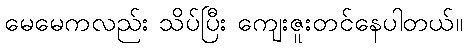
မေမေကလည်း သိပ်ပြီး ကျေးဇူးတင်နေပါတယ်။